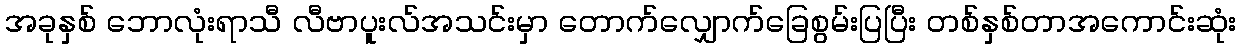
အခုနှစ် ဘောလုံးရာသီ လီဗာပူးလ်အသင်းမှာ တောက်လျှောက်ခြေစွမ်းပြပြီး တစ်နှစ်တာအကောင်းဆုံး